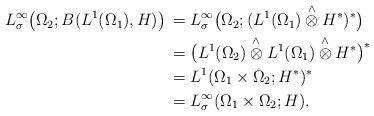
LaTeX: \begin{align*}L^\infty_\sigma\bigl(\Omega_2; B(L^1(\Omega_1),H)\bigr)\, &= L^\infty_\sigma\bigl(\Omega_2; (L^1(\Omega_1)\overset{\wedge}{\otimes} H^*)^*\bigr)\, \\&= \bigl(L^1(\Omega_2)\overset{\wedge}{\otimes} L^1(\Omega_1)\overset{\wedge}{\otimes}H^*\bigr)^* \\ &=L^1(\Omega_1\times\Omega_2; H^*)^* \\ &= L^\infty_\sigma(\Omega_1\times\Omega_2; H).\end{align*}